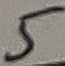
Text: 5